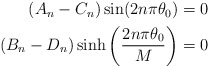
\begin{align*}\begin{aligned}(A_n-C_n) \sin(2n\pi \theta_0)=0\\(B_n-D_n) \sinh\left(\frac{2n\pi \theta_0}{M}\right)=0\\\end{aligned}\end{align*}